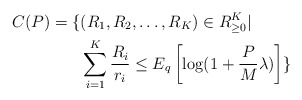
\begin{align*} C(P)=\{&(R_1,R_2,\ldots,R_K)\in R_{\geq 0}^K|\\&\sum_{i=1}^K\frac{R_i}{r_i}\leq E_q\left[\log (1+\frac{P}{M}\lambda)\right]\}\end{align*}